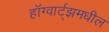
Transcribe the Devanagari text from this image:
हॉग्वार्ट्झमधील